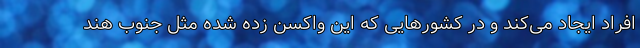
افراد ایجاد می‌کند و در کشورهایی که این واکسن زده شده مثل جنوب هند